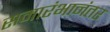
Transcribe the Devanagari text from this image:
समारंभानंतर